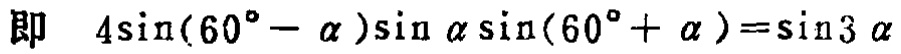
即 \(4\sin(60^{\circ}-\alpha)\sin\alpha\sin(60^{\circ}+\alpha)=\sin3\alpha\)